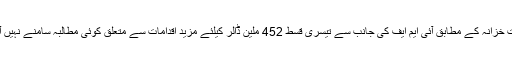
وزارت خزانہ کے مطابق آئی ایم ایف کی جانب سے تیسری قسط 452 ملین ڈالر کیلئے مزید اقدامات سے متعلق کوئی مطالبہ سامنے نہیں آیا ہے۔